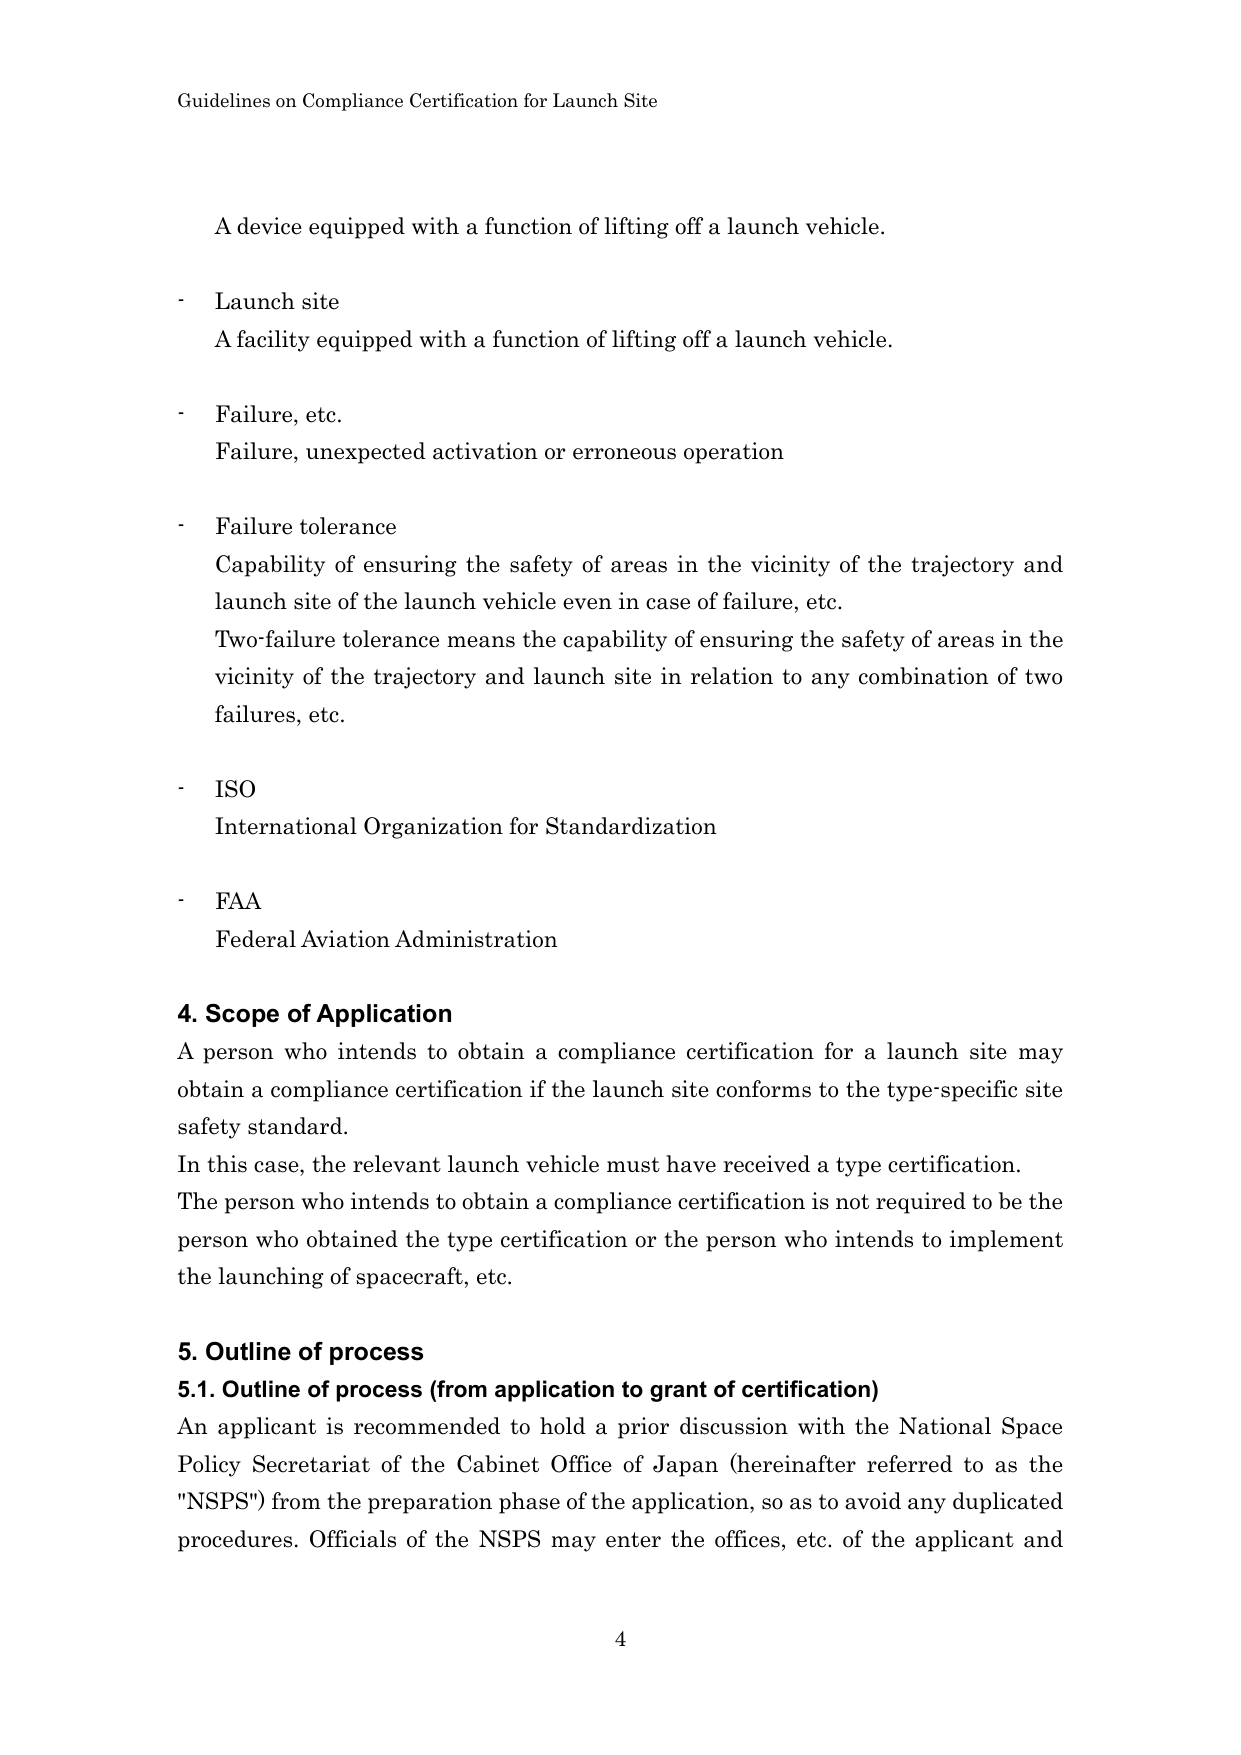
Guidelines on Compliance Certification for Launch Site

A device equipped with a function of lifting off a launch vehicle.

- Launch site
A facility equipped with a function of lifting off a launch vehicle.

- Failure, etc.
Failure, unexpected activation or erroneous operation

- Failure tolerance
Capability of ensuring the safety of areas in the vicinity of the trajectory and launch site of the launch vehicle even in case of failure, etc.
Two-failure tolerance means the capability of ensuring the safety of areas in the vicinity of the trajectory and launch site in relation to any combination of two failures, etc.

- ISO
International Organization for Standardization

- FAA
Federal Aviation Administration

4. Scope of Application
A person who intends to obtain a compliance certification for a launch site may obtain a compliance certification if the launch site conforms to the type-specific site safety standard.
In this case, the relevant launch vehicle must have received a type certification.
The person who intends to obtain a compliance certification is not required to be the person who obtained the type certification or the person who intends to implement the launching of spacecraft, etc.

5. Outline of process
5.1. Outline of process (from application to grant of certification)
An applicant is recommended to hold a prior discussion with the National Space Policy Secretariat of the Cabinet Office of Japan (hereinafter referred to as the "NSPS") from the preparation phase of the application, so as to avoid any duplicated procedures. Officials of the NSPS may enter the offices, etc. of the applicant and

4